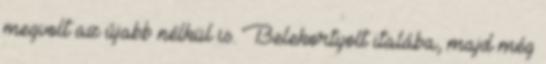
megvolt az újabb nélkül is. Belekortyolt italába, majd még